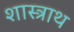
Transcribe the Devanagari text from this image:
शास्त्राथ